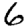
Digit: 6